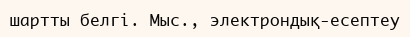
шартты белгі. Мыс., электрондық-есептеу